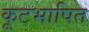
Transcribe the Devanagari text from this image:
कूटभाषित